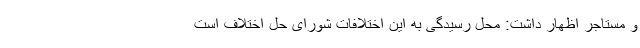
و مستاجر اظهار داشت: محل رسیدگی به این اختلافات شورای حل اختلاف است